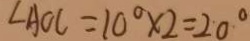
\angle A O C = 1 0 ^ { \circ } \times 2 = 2 0 ^ { \circ }